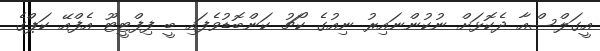
އީގަލްސްއާ ދެކޮޅަށް ނުކުންނައިރު ނިއުގެ ކޯޗު ކަންބޮޑުވެފައި ބީ ފިފްޓީޓޫ އެފްއޭ ކަޕްގެ